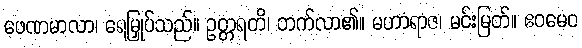
ဖေဏမာလာ၊ ရေမြှုပ်သည်။ ဥတ္တရတိ၊ တက်လာ၏။ မဟာရာဇ၊ မင်းမြတ်။ ဧဝမေဝ